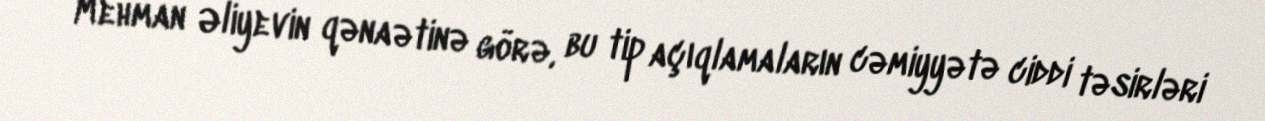
Mehman Əliyevin qənaətinə görə, bu tip açıqlamaların cəmiyyətə ciddi təsirləri